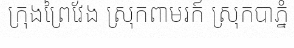
ក្រុងព្រៃវែង ស្រុកពាមរក៍ ស្រុកបាភ្នំ